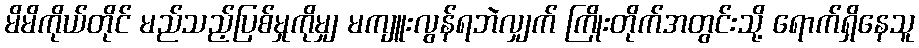
မိမိကိုယ်တိုင် မည်သည့်ပြစ်မှုကိုမျှ မကျူးလွန်ရဘဲလျှက် ကြိုးတိုက်အတွင်းသို့ ရောက်ရှိနေသူ